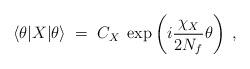
LaTeX: \begin{align*}\langle \theta | X | \theta \rangle \; = \; C_X \;\exp \left( i \frac{\chi_X}{2N_f} \theta \right) \; ,\end{align*}